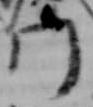
門